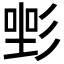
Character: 𢒡